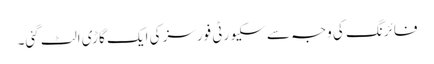
فائرنگ کی وجہ سے سکیورٹی فورسز کی ایک گاڑی الٹ گئی۔